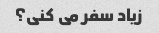
زیاد سفر می کنی؟